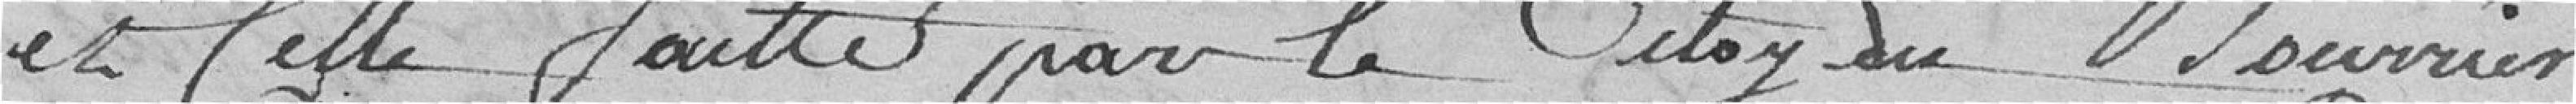
et celle faite par le citoyen Mourrier